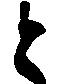
と